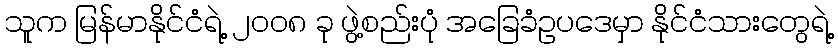
သူက မြန်မာနိုင်ငံရဲ့ ၂၀၀၈ ခု ဖွဲ့စည်းပုံ အခြေခံဥပဒေမှာ နိုင်ငံသားတွေရဲ့